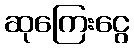
ဆုကြေးငွေ